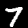
Digit: 7